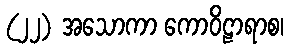
(၂၂) အသောကာ ကောဝိဠာရာစ၊